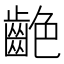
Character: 𪗼